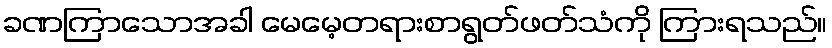
ခဏကြာသောအခါ မေမေ့တရားစာရွတ်ဖတ်သံကို ကြားရသည်။